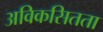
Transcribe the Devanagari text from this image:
अविकसितता